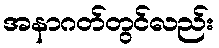
အနာဂတ်တွင်လည်း